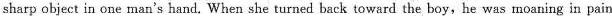
sharp object in one man's hand. When she turned back toward the boy,he was moaning in pain